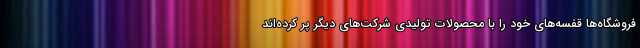
فروشگاه‌ها قفسه‌های خود را با محصولات تولیدی شرکت‌های دیگر پر کرده‌اند